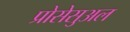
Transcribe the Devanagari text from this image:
प्रोसेसुअल